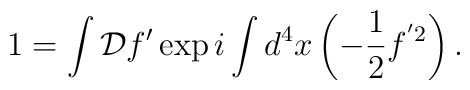
1 = \int{\cal D}f'\exp i\int d^{4}x\left(-\frac{1}{2}f^{'2}\right) .